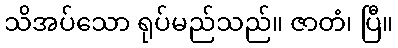
သိအပ်သော ရုပ်မည်သည်။ ဇာတံ၊ ပြီ။